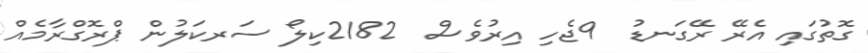
ގޮތުގައި އެރޭ ރޭގަނޑު  9ޖެހި އިރުވެސް  2182ކިލޯ ސަރކަލުން ޕްރޮގްރާމެއް